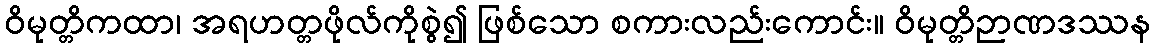
ဝိမုတ္တိကထာ၊ အရဟတ္တဖိုလ်ကိုစွဲ၍ ဖြစ်သော စကားလည်းကောင်း။ ဝိမုတ္တိဉာဏဒဿန